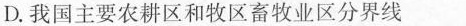
D.我国主要农耕区和牧区畜牧业区分界线